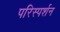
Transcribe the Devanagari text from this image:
परिस्‍पर्शन